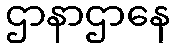
ဌာနာဌာနေ